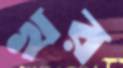
খর